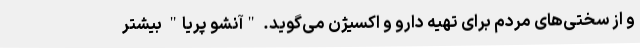
و از سختی‌های مردم برای تهیه دارو و اکسیژن می‌گوید. "آنشو پریا" بیشتر